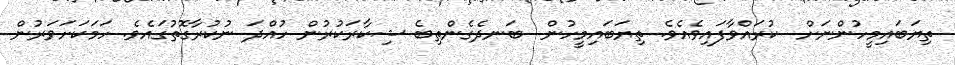
ތިޔަބައިމީހުންނަށް  ކުރައްވާފައިވެއެވެ. ތިޔަބައިމީހުން  ބަނދެގެންތިބެ ޝިކާރަކުރުން ހުއްދަ ނުކުރާގޮތުގައެވެ. ހަމަކަށަވަރުން